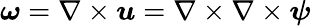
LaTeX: {\boldsymbol{\omega}}=\nabla\times{\boldsymbol{u}}=\nabla\times\nabla\times{\boldsymbol{\psi}}